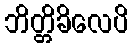
ဘိတ္တိခိလေပိ